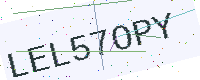
Text: LEL57OPY